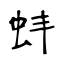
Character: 蚌